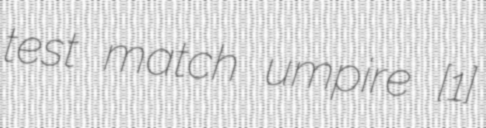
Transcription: test match umpire [1]